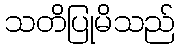
သတိပြုမိသည်